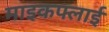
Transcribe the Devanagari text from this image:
माइकफ्लाई